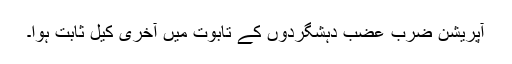
آپریشن ضربِ عضب دہشگردوں کے تابوت میں آخری کیل ثابت ہوا۔